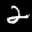
Label: 2